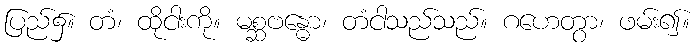
ပြည်၌။ တံ၊ ထိုငါးကို။ မစ္ဆဗန္ဓော၊ တံငါသည်သည်။ ဂဟေတွာ၊ ဖမ်း၍။